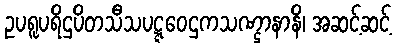
ဥပရူပရိဌပိတသီသပဋ္ဋဝေဌကသဏ္ဌာနာနိ၊ အဆင့်ဆင့်